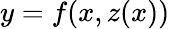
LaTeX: y=f(x,z(x))